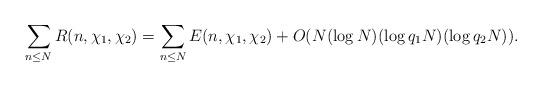
LaTeX: \begin{align*}\sum_{n\le N}R(n,\chi_1,\chi_2)=\sum_{n\le N}E(n,\chi_1,\chi_2)+O(N(\log N)(\log q_1N)(\log q_2N)).\end{align*}